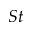
S t